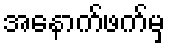
အနောက်ဖက်မှ